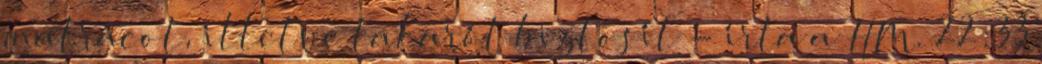
matracot, illetve takarót biztosít - írta a HM. 22:33